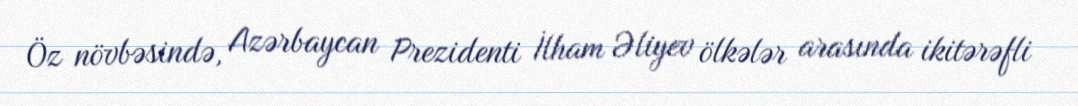
Öz növbəsində, Azərbaycan Prezidenti İlham Əliyev ölkələr arasında ikitərəfli